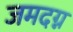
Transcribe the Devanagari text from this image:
जमदग्न